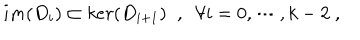
i m ( D _ { i } ) \subset k e r ( D _ { i + 1 } ) \; \; , \; \; \forall i = 0 , \cdots , k - 2 \; ,